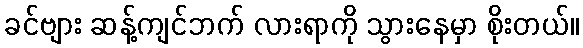
ခင်ဗျား ဆန့်ကျင်ဘက် လားရာကို သွားနေမှာ စိုးတယ်။